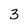
Character: 3